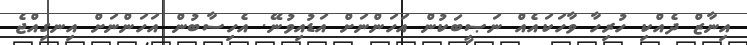
އިނާޒް ދެއްކި ހުރިހާ ވާހަކައެއް ނަޞީބަކުން އަހަންނަށް އަޑުއިވުނޭ. އެހިސާބުން އަހަންނަށް އިނގިއްޖެ